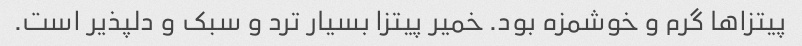
پیتزاها گرم و خوشمزه بود. خمیر پیتزا بسیار ترد و سبک و دلپذیر است.